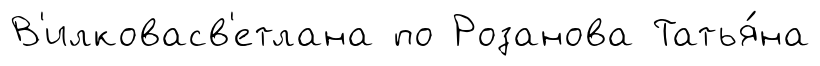
В'илковасв'етлана по Розанова Татья́на